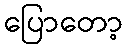
ပြောတော့